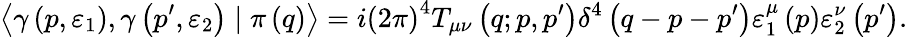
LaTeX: \left\langle\gamma\left(p,\varepsilon_{1}\right),\gamma\left(p^{\prime},\varepsilon_{2}\right)\mid\pi\left(q\right)\right\rangle=i\left(2\pi\right)^{4}T_{\mu\nu}\left(q;p,p^{\prime}\right)\delta^{4}\left(q-p-p^{\prime}\right)\varepsilon_{1}^{\mu}\left(p\right)\varepsilon_{2}^{\nu}\left(p^{\prime}\right).